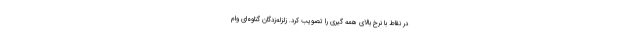
در نقاط با نرخ بالای همه گیری را تصویب کرد. زلزله‌زدگان گناوه‌ای وام